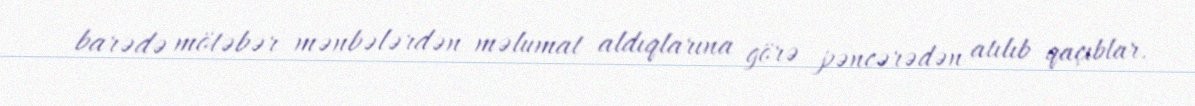
barədə mötəbər mənbələrdən məlumat aldıqlarına görə pəncərədən atılıb qaçıblar.